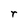
Character: r